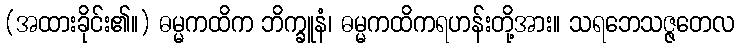
(အထားခိုင်း၏။) ဓမ္မကထိက ဘိက္ခူနံ၊ ဓမ္မကထိကရဟန်းတို့အား။ သရဘေသဇ္ဇတေလ